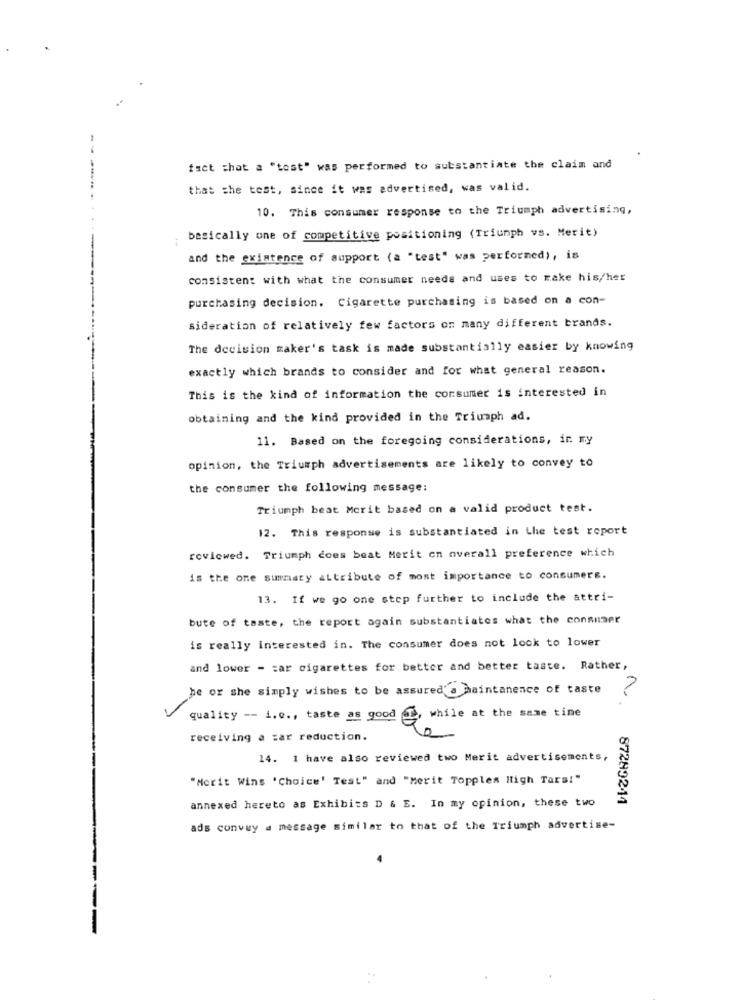
fact that a "tost" was performed to substantiate the claim and
-----
that she test, since it was advertised, was valid.
10. This consumer response to the Triumph advertising,
basically one of competitive positioning (Triumph vs. Merit)
and the existence of support (a "test" was performed), is
consistent with what the consumer needs and uses to make his/her
purchasing decision. Cigarette purchasing is based on a con-
sideration of relatively few factors or many different brands.
The decision maker's task is made substantially easier by knowing
exactly which brands to consider and for what general reason.
This is the kind of information the consumer is interested in
obtaining and the kind provided in the Triumph ad.
11. Based on the foregoing considerations, in my
opinion, the Triumph advertisements are likely to convey to
the consumer the following message:
Triumph beat Merit based on a valid product test.
12. This response is substantiated in Lhe test report
reviewed. Triumph coes beat Merit cn overall preference which
is the one summary attribute of most importance to consumers.
13. If we go one step further to include the attri-
bute of taste, the report again substantiates what the consumer
is really interested in. The consumer does not look to lower
and lower - car cigarettes for better and better taste. Rather,
he or she simply wishes to be assured'a maintanence of taste
2
quality -- i.e ., taste as good , while at the same time
receiving a car reduction.
14. 1 have also reviewed two Merit advertisements,
"Morit Wins 'Choice' Test" and "Merit Topples lligh Tars!"
annexed hereto as Exhibits D & E. In my opinion, these two
87289244
ads convey a message similar to that of the Triumph advertise-